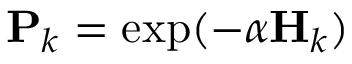
\mathbf { P } _ { k } = \exp ( - \alpha \mathbf { H } _ { k } )